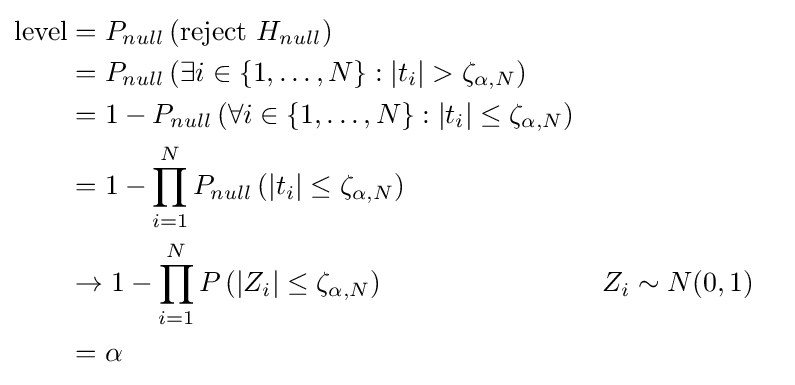
{\begin{aligned}{\text{level}}&=P_{null}\left({\text{reject }}H_{null}\right)\\&=P_{null}\left(\exists i\in \{1,\ldots ,N\}:|t_{i}|>\zeta _{\alpha ,N}\right)\\&=1-P_{null}\left(\forall i\in \{1,\ldots ,N\}:|t_{i}|\leq \zeta _{\alpha ,N}\right)\\&=1-\prod _{i=1}^{N}P_{null}\left(|t_{i}|\leq \zeta _{\alpha ,N}\right)\\&\to 1-\prod _{i=1}^{N}P\left(|Z_{i}|\leq \zeta _{\alpha ,N}\right)&&Z_{i}\sim N(0,1)\\&=\alpha \end{aligned}}